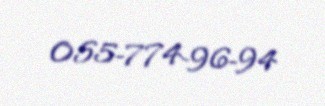
055-774-96-94